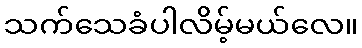
သက်သေခံပါလိမ့်မယ်လေ။